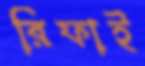
রিফাই